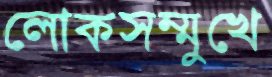
লোকসম্মুখে